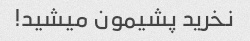
نخرید پشیمون میشید!